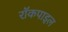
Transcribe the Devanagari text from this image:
रॉकपाइल